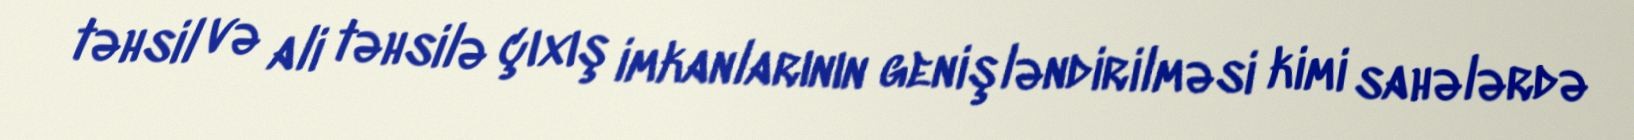
təhsil və ali təhsilə çıxış imkanlarının genişləndirilməsi kimi sahələrdə